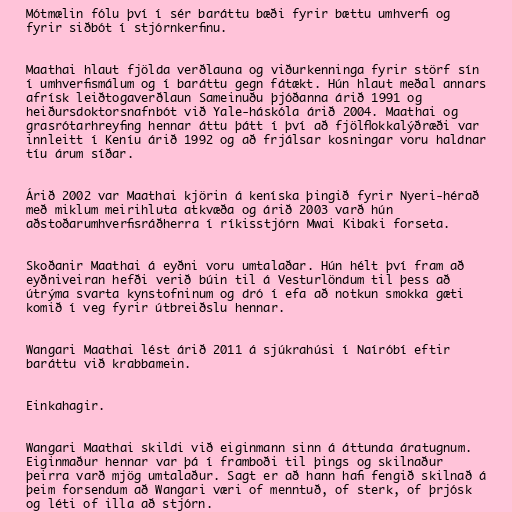
Mótmælin fólu því í sér baráttu bæði fyrir bættu umhverfi og
fyrir siðbót í stjórnkerfinu.

Maathai hlaut fjölda verðlauna og viðurkenninga fyrir störf sín
í umhverfismálum og í baráttu gegn fátækt. Hún hlaut meðal annars
afrísk leiðtogaverðlaun Sameinuðu þjóðanna árið 1991 og
heiðursdoktorsnafnbót við Yale-háskóla árið 2004. Maathai og
grasrótarhreyfing hennar áttu þátt í því að fjölflokkalýðræði var
innleitt í Keníu árið 1992 og að frjálsar kosningar voru haldnar
tíu árum síðar.

Árið 2002 var Maathai kjörin á keníska þingið fyrir Nyeri-hérað
með miklum meirihluta atkvæða og árið 2003 varð hún
aðstoðarumhverfisráðherra í ríkisstjórn Mwai Kibaki forseta.

Skoðanir Maathai á eyðni voru umtalaðar. Hún hélt því fram að
eyðniveiran hefði verið búin til á Vesturlöndum til þess að
útrýma svarta kynstofninum og dró í efa að notkun smokka gæti
komið í veg fyrir útbreiðslu hennar.

Wangari Maathai lést árið 2011 á sjúkrahúsi í Naíróbí eftir
baráttu við krabbamein.

Einkahagir.

Wangari Maathai skildi við eiginmann sinn á áttunda áratugnum.
Eiginmaður hennar var þá í framboði til þings og skilnaður
þeirra varð mjög umtalaður. Sagt er að hann hafi fengið skilnað á
þeim forsendum að Wangari væri of menntuð, of sterk, of þrjósk
og léti of illa að stjórn.